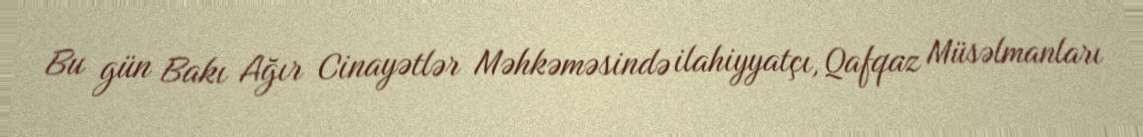
Bu gün Bakı Ağır Cinayətlər Məhkəməsində ilahiyyatçı, Qafqaz Müsəlmanları